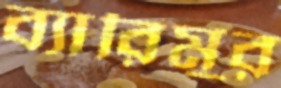
ব্যারিমুর